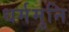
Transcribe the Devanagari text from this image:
धर्ममुनि